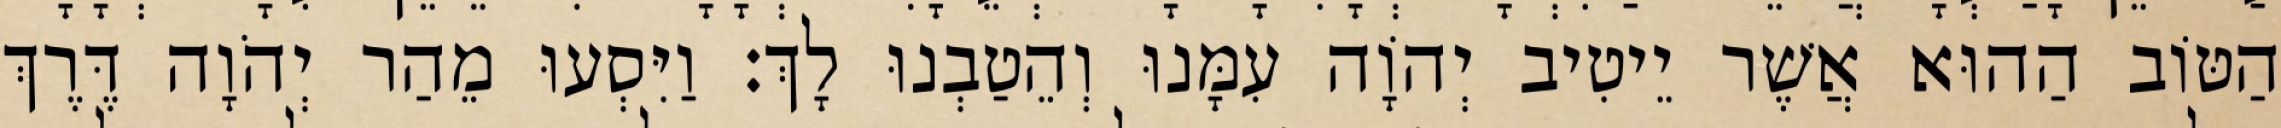
הַטּוֹב הַהוּא אֲשֶׁר יֵיטִיב יְהוָֹה עִמָּנוּ וְהֵטַבְנוּ לָךְ׃ וַיִּסְעוּ מֵהַר יְהֹוָה דֶּרֶךְ